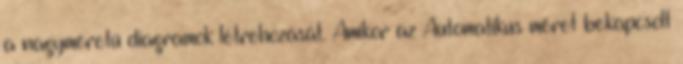
a nagyméretű diagramok létrehozását. Amikor az Automatikus méret bekapcsolt